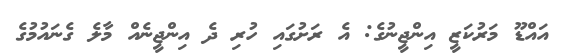
އައްޑޫ މަރުކަޒީ އިންޖީނުގެ: އެ ރަށުގައި ހުރި ދެ އިންޖީނެއް މާލެ ގެނައުމުގެ